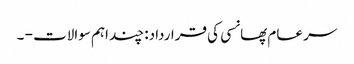
سر عام پھانسی کی قرارداد: چند اہم سوالات - ۔